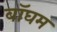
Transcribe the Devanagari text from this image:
वॉघम